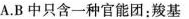
A.B中只含一种官能团：羧基